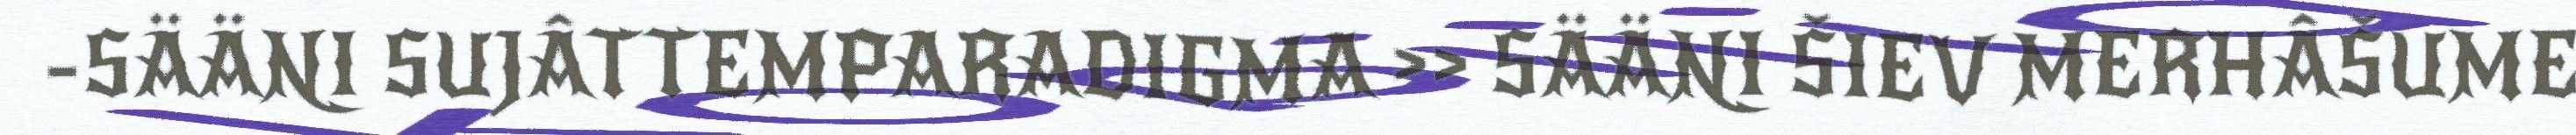
-SÄÄNI SUJÂTTEMPARADIGMA >> SÄÄNI ŠIEV MERHÂŠUME